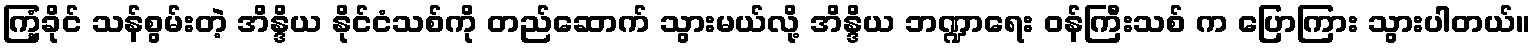
ကြံ့ခိုင် သန်စွမ်းတဲ့ အိန္ဒိယ နိုင်ငံသစ်ကို တည်ဆောက် သွားမယ်လို့ အိန္ဒိယ ဘဏ္ဍာရေး ဝန်ကြီးသစ် က ပြောကြား သွားပါတယ်။